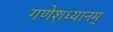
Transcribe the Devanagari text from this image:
गणेशध्यानम्